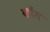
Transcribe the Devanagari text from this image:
कौंस